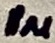
Text: 1µ